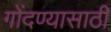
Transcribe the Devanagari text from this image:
गोंदण्यासाठी